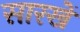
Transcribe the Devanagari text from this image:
सारखें